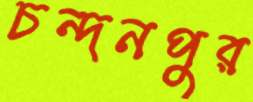
চন্দনপুর